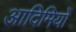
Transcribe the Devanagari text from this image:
आदिमियों